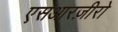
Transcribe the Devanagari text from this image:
एसआरज़ीरो